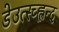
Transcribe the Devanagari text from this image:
डेउत्स्च्ह्लन्द